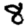
Digit: 8